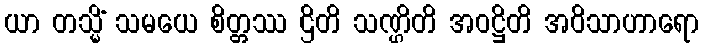
ယာ တသ္မိံ သမယေ စိတ္တဿ ဌိတိ သဏ္ဌိတိ အဝဋ္ဌိတိ အဝိသာဟာရော